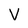
Character: V